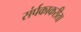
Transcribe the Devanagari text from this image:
संर्पकाकरीता